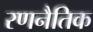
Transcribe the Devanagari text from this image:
रणनैतिक